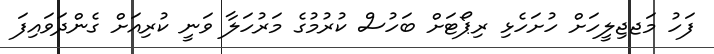
ފަހު މަޖޖިލީހަށް ހުށަހެޅި ރިޕޯޓަށް ބަހުސް ކުރުމުގެ މަރުހަލާ ވަނީ ކުރިއަށް ގެންދަވައިފަ